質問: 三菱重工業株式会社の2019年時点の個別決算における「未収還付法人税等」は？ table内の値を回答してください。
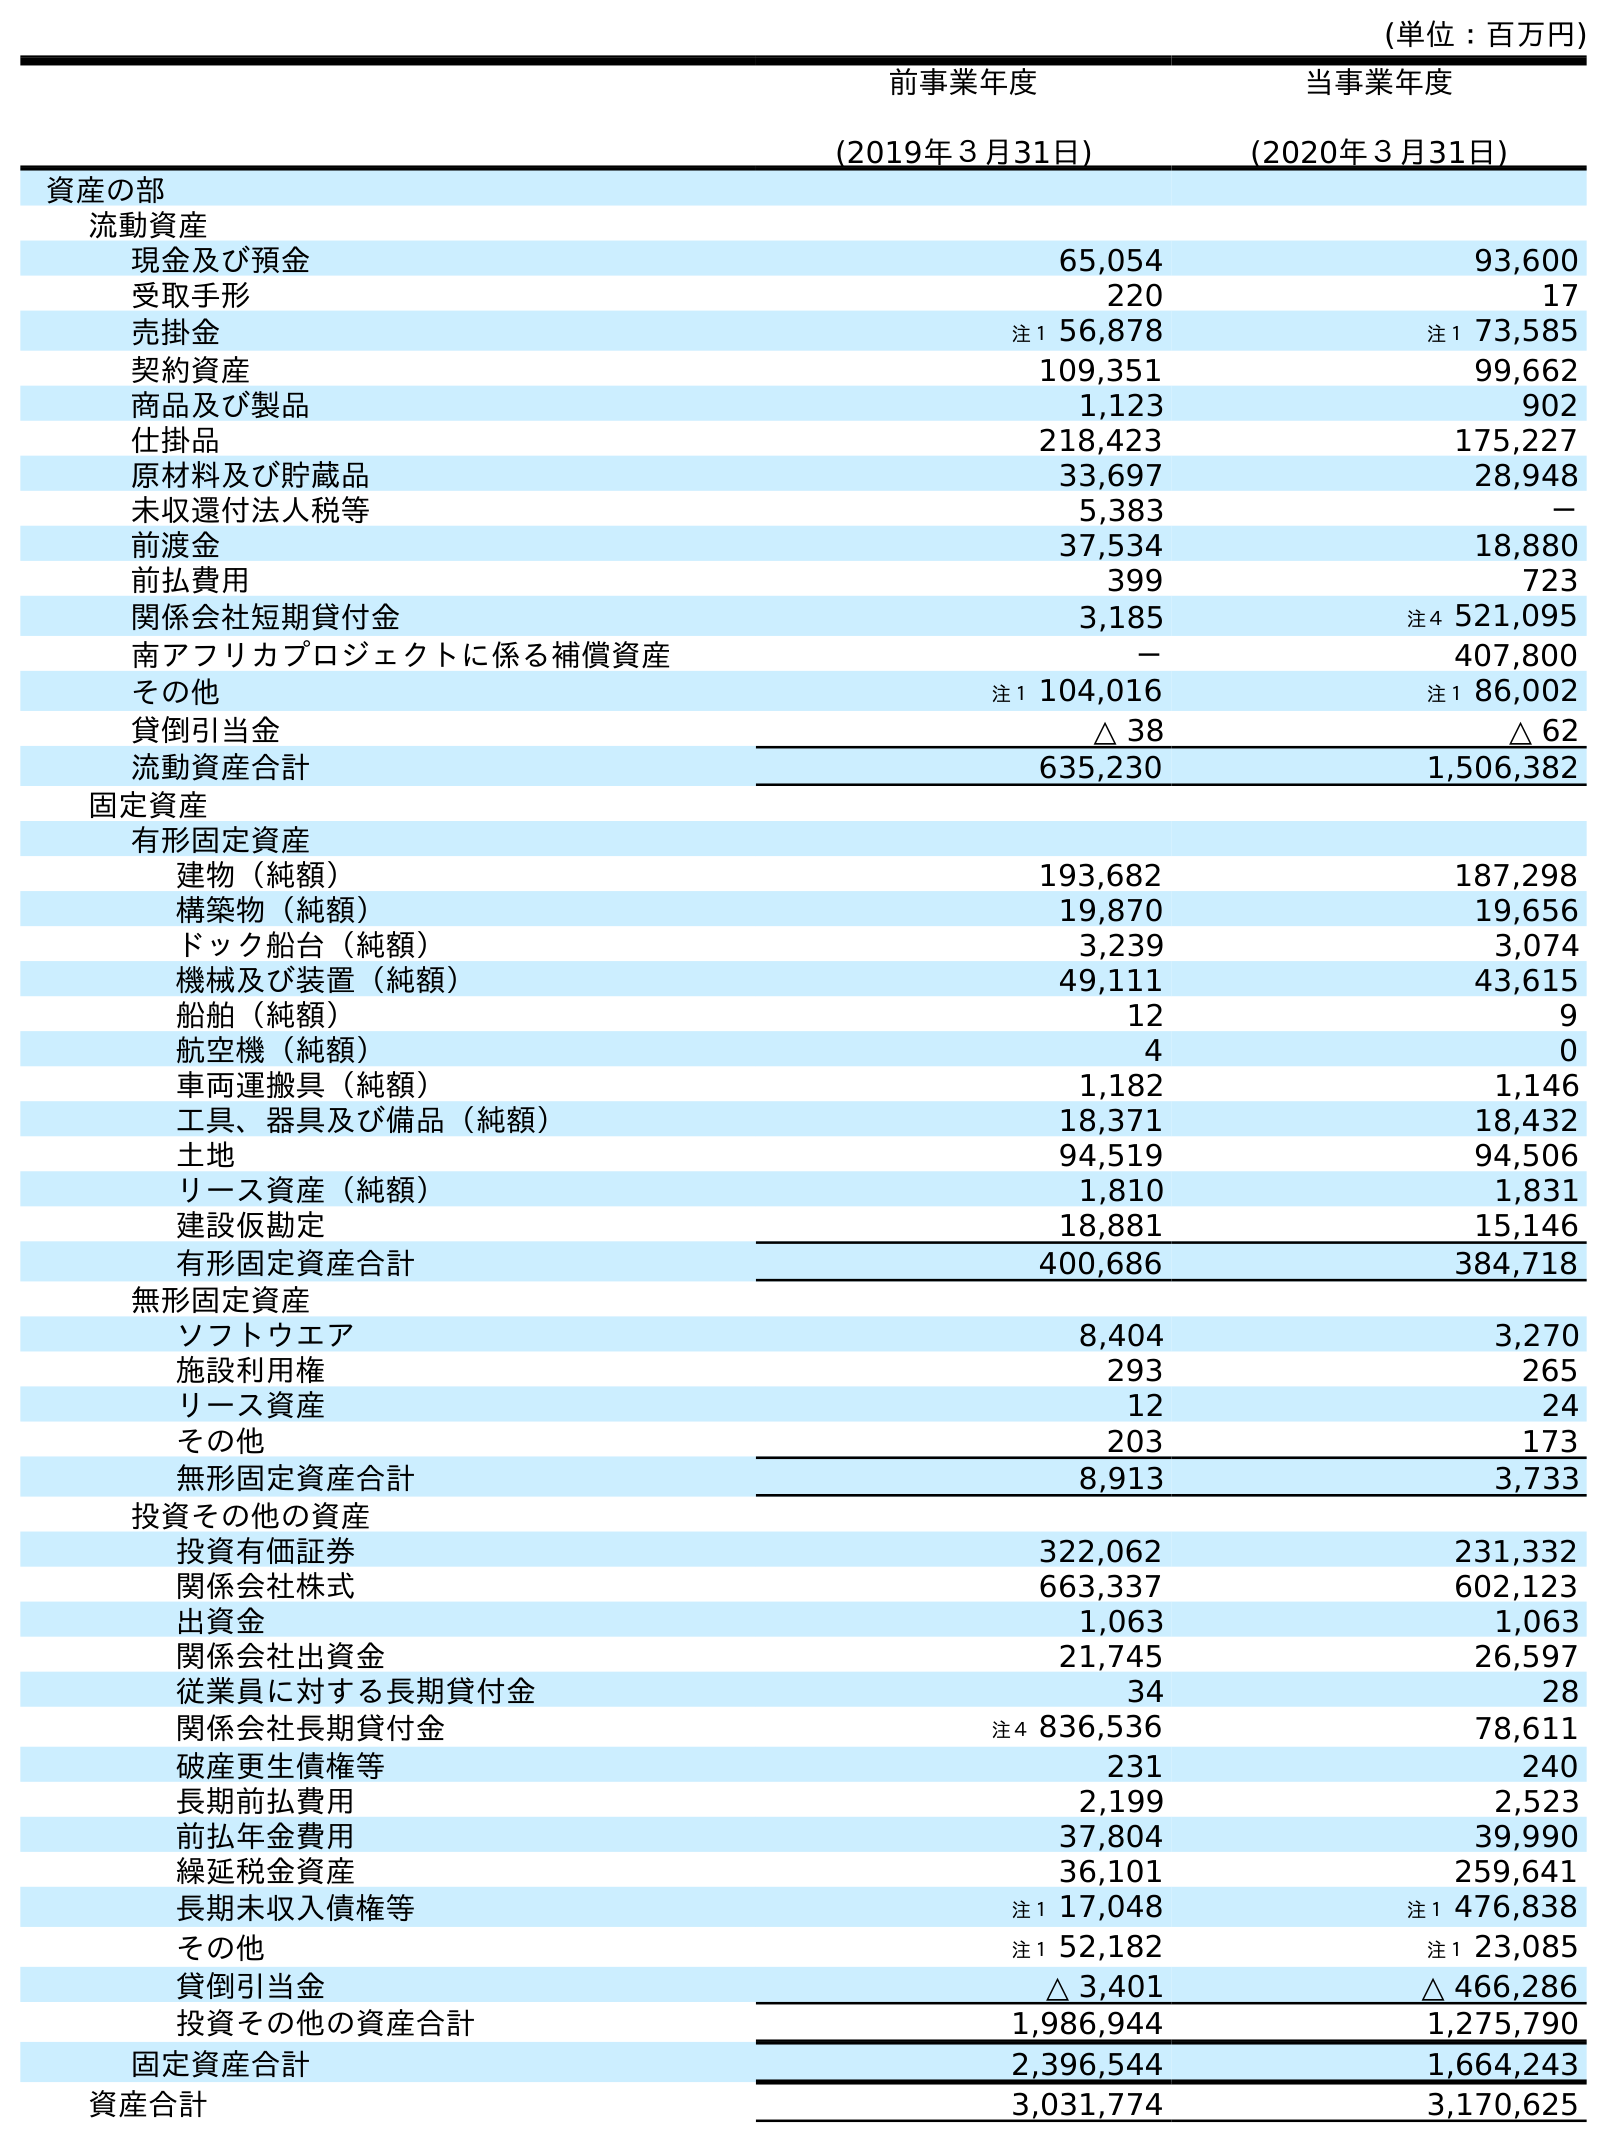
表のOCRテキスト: (単位：百万円) 前事業年度 (2019年３月31日) 当事業年度 (2020年３月31日) 資産の部 流動資産 現金及び預金 65,054 93,600 受取手形 220 17 売掛金 注１ 56,878 注１ 73,585 契約資産 109,351 99,662 商品及び製品 1,123 902 仕掛品 218,423 175,227 原材料及び貯蔵品 33,697 28,948 未収還付法人税等 5,383 － 前渡金 37,534 18,880 前払費用 399 723 関係会社短期貸付金 3,185 注４ 521,095 南アフリカプロジェクトに係る補償資産 － 407,800 その他 注１ 104,016 注１ 86,002 貸倒引当金 △ 38 △ 62 流動資産合計 635,230 1,506,382 固定資産 有形固定資産 建物（純額） 193,682 187,298 構築物（純額） 19,870 19,656 ドック船台（純額） 3,239 3,074 機械及び装置（純額） 49,111 43,615 船舶（純額） 12 9 航空機（純額） 4 0 車両運搬具（純額） 1,182 1,146 工具、器具及び備品（純額） 18,371 18,432 土地 94,519 94,506 リース資産（純額） 1,810 1,831 建設仮勘定 18,881 15,146 有形固定資産合計 400,686 384,718 無形固定資産 ソフトウエア 8,404 3,270 施設利用権 293 265 リース資産 12 24 その他 203 173 無形固定資産合計 8,913 3,733 投資その他の資産 投資有価証券 322,062 231,332 関係会社株式 663,337 602,123 出資金 1,063 1,063 関係会社出資金 21,745 26,597 従業員に対する長期貸付金 34 28 関係会社長期貸付金 注４ 836,536 78,611 破産更生債権等 231 240 長期前払費用 2,199 2,523 前払年金費用 37,804 39,990 繰延税金資産 36,101 259,641 長期未収入債権等 注１ 17,048 注１ 476,838 その他 注１ 52,182 注１ 23,085 貸倒引当金 △ 3,401 △ 466,286 投資その他の資産合計 1,986,944 1,275,790 固定資産合計 2,396,544 1,664,243 資産合計 3,031,774 3,170,625
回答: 5,383